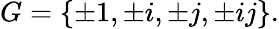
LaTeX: G=\{ \pm 1,\pm i,\pm j,\pm ij\} .